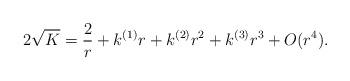
LaTeX: \begin{align*} 2\sqrt{K}=\frac{2}{r} + k^{(1)} r + k^{(2)} r^2 + k^{(3)} r^3 +O(r^4).\end{align*}